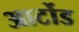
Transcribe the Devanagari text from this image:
आर्टोड